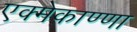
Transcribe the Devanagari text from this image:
एक्मेकाण्णा